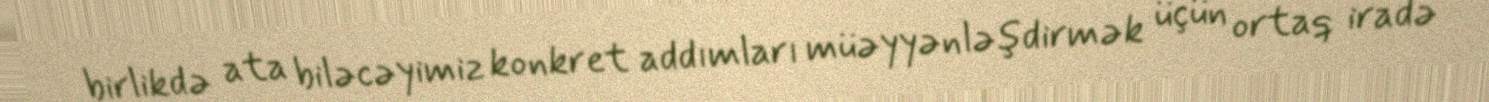
birlikdə ata biləcəyimiz konkret addımları müəyyənləşdirmək üçün ortaq iradə